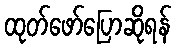
ထုတ်ဖော်ပြောဆိုရန်